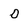
Character: O